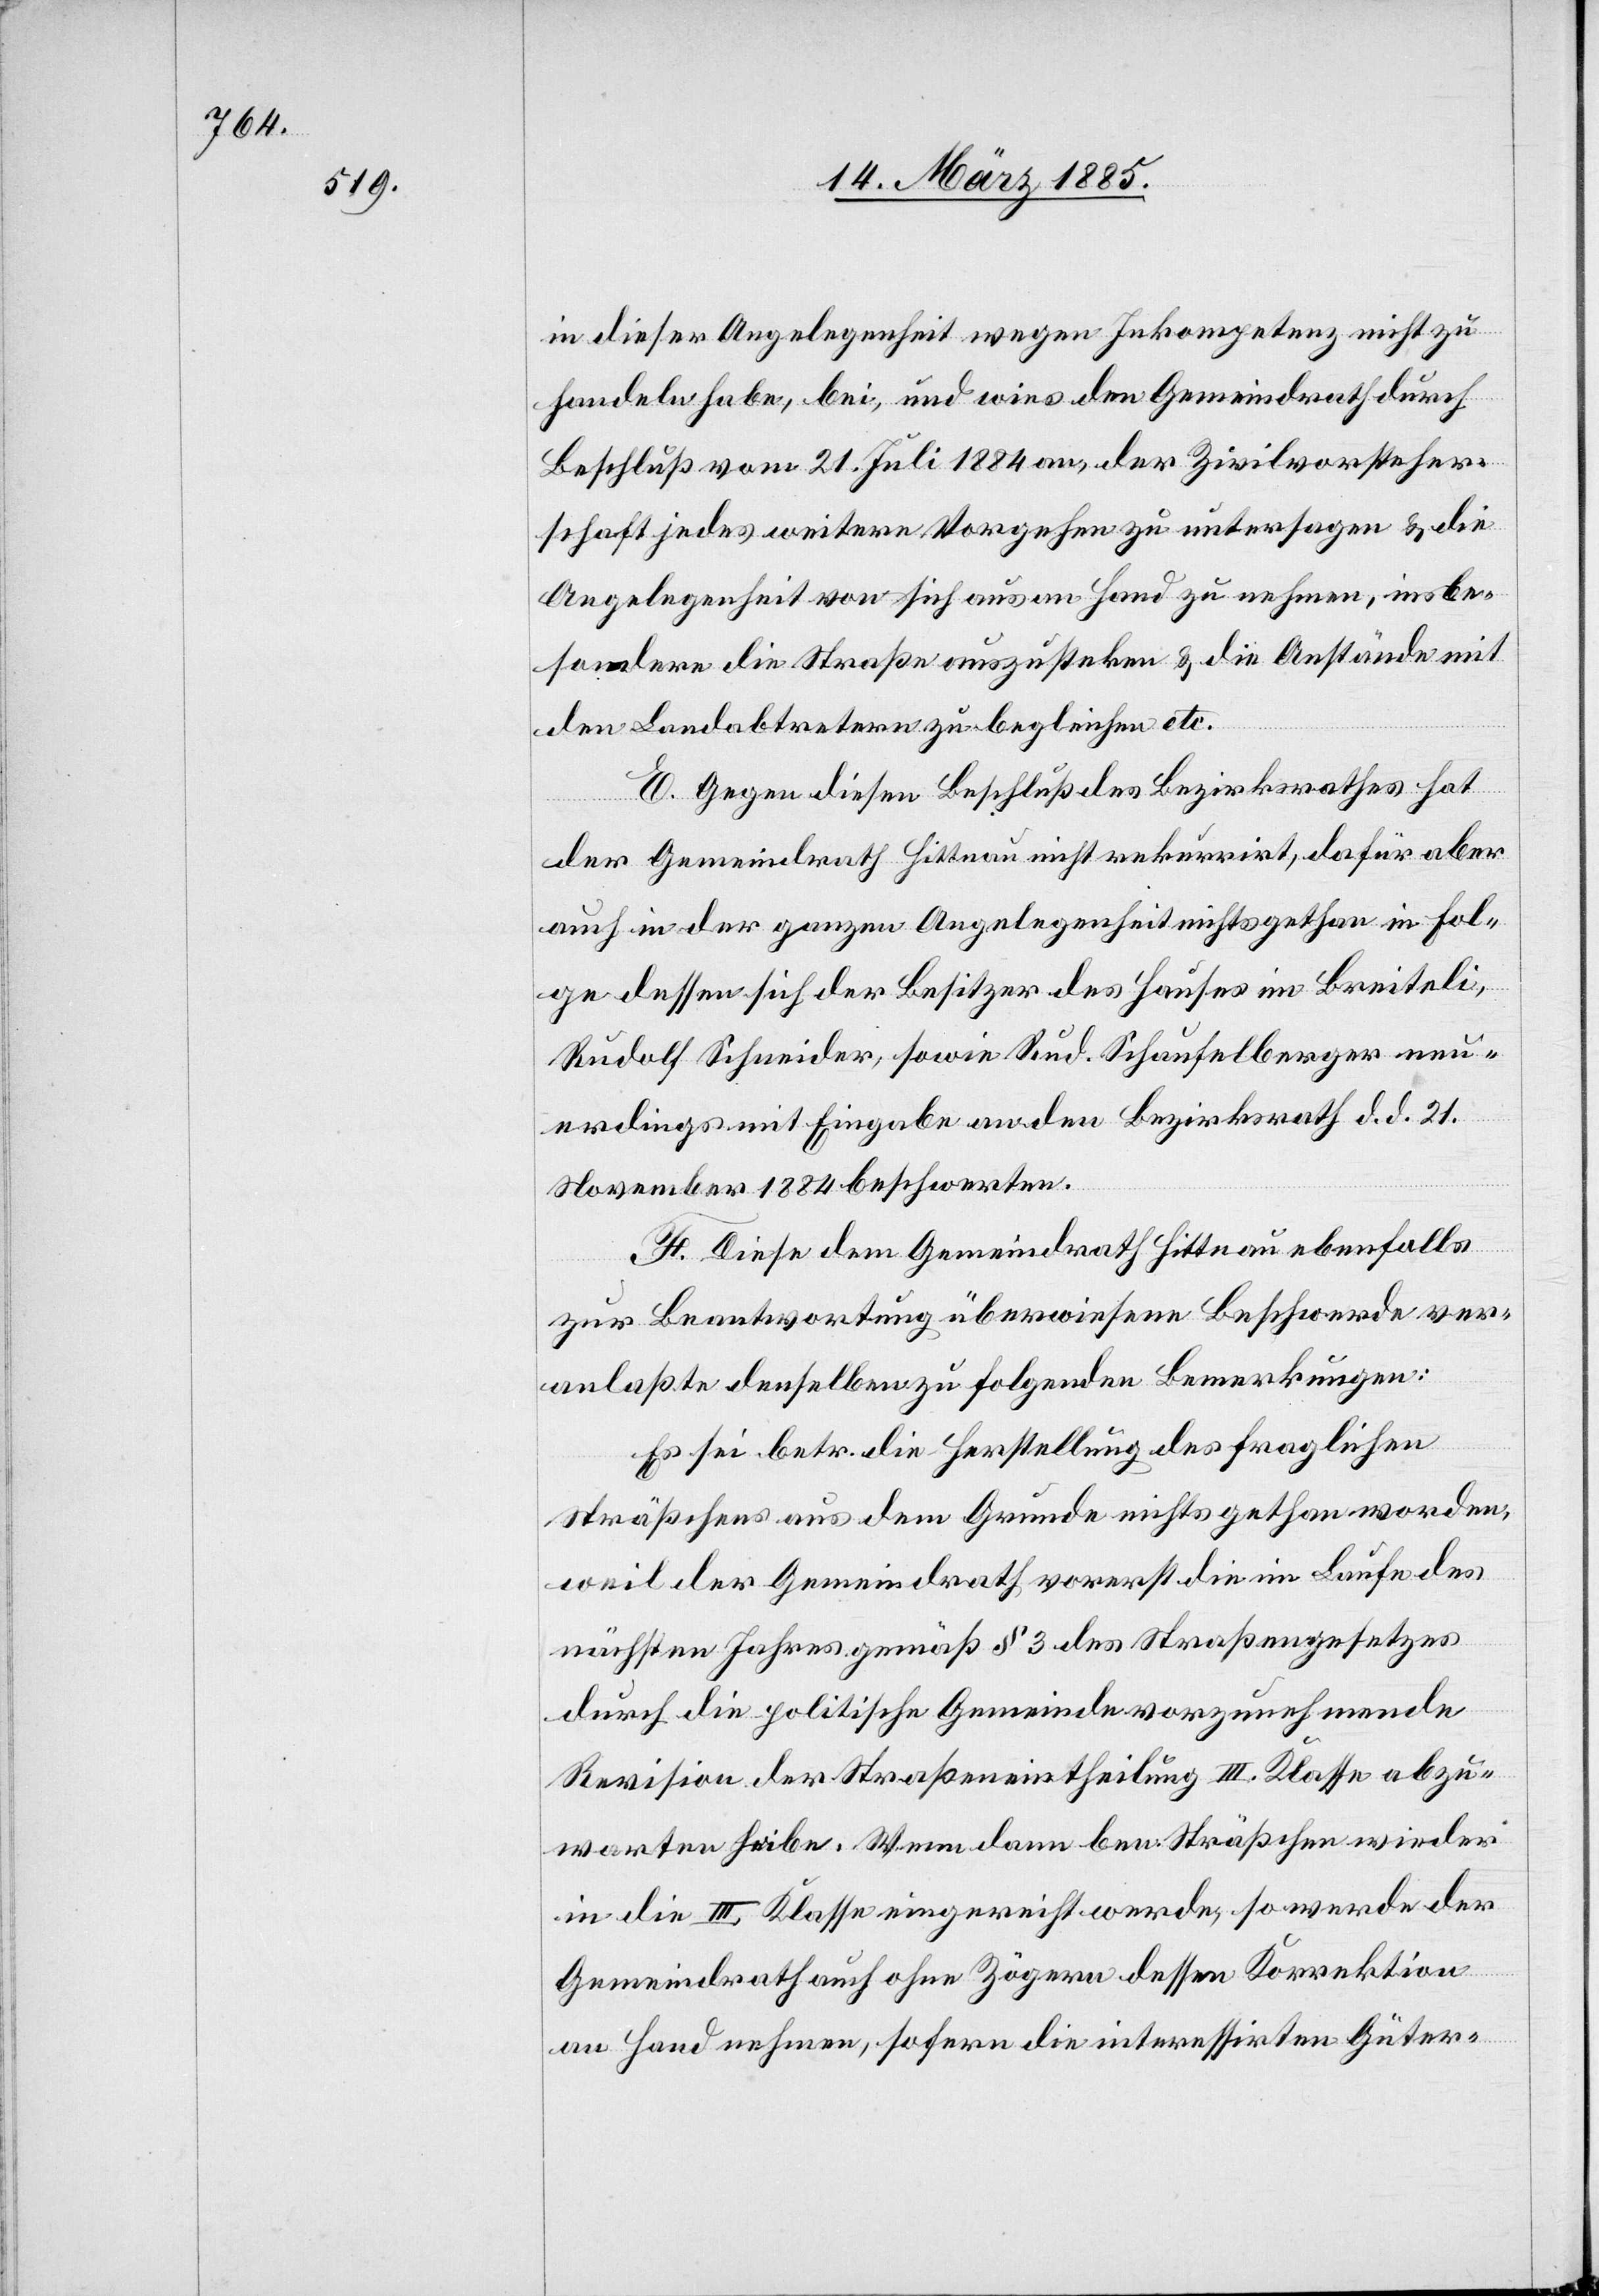
in dieser Angelegenheit wegen Inkompetenz nicht zu
handeln habe, bei, und wies den Gemeindrath durch
Beschluß vom 21. Juli 1884 an, der Zivilvorsteher¬
schaft jedes weitere Vorgehen zu untersagen & die
Angelegenheit von sich aus an Hand zu nehmen, insbe¬
sondere die Straße auszustecken & die Anstände mit
den Landabtretungen zu begleichen etc.
E. Gegen diesen Beschluß des Bezirksrathes hat
der Gemeindrath Hittnau nicht rekurrirt dafür aber
auch in der ganzen Angelegenheit nichts gethan in Fol¬
ge dessen sich der Besitzer des Hauses im Breiteli,
Rudolf Schneider, sowie Rud. Schaufelberger neu¬
erdings mit Eingabe an den Bezirksrath d. d. 21.
November 1884 beschwerten.
F. Diese dem Gemeindrath Hittnau ebenfalls
zur Beantwortung überwiesene Beschwerde ver¬
anlaßte denselben zu folgenden Bemerkungen:
Es sei betr. die Herstellung des fraglichen
Sträßchens aus dem Grunde nichts gethan worden,
weil der Gemeindrath, vorerst die im Laufe des
nächsten Jahres gemäß § 3 des Straßengesetzes
durch die politische Gemeinde vorzunehmende
Revision der Straßeneintheilung III. Klasse abzu¬
warten habe. Wenn dann ben. Sträßchen wieder
in die III. Klasse eingereicht werde, so werde der
Gemeindrath auch ohne Zögern dessen Korrektion
an Hand nehmen, sofern die interessirten Güter-